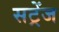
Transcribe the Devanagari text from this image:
सट्रेंज